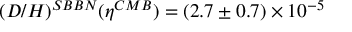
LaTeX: ( D / H ) ^ { S B B N } ( \eta ^ { C M B } ) = ( 2 . 7 \pm 0 . 7 ) \times 1 0 ^ { - 5 }